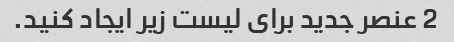
2 عنصر جدید برای لیست زیر ایجاد کنید.